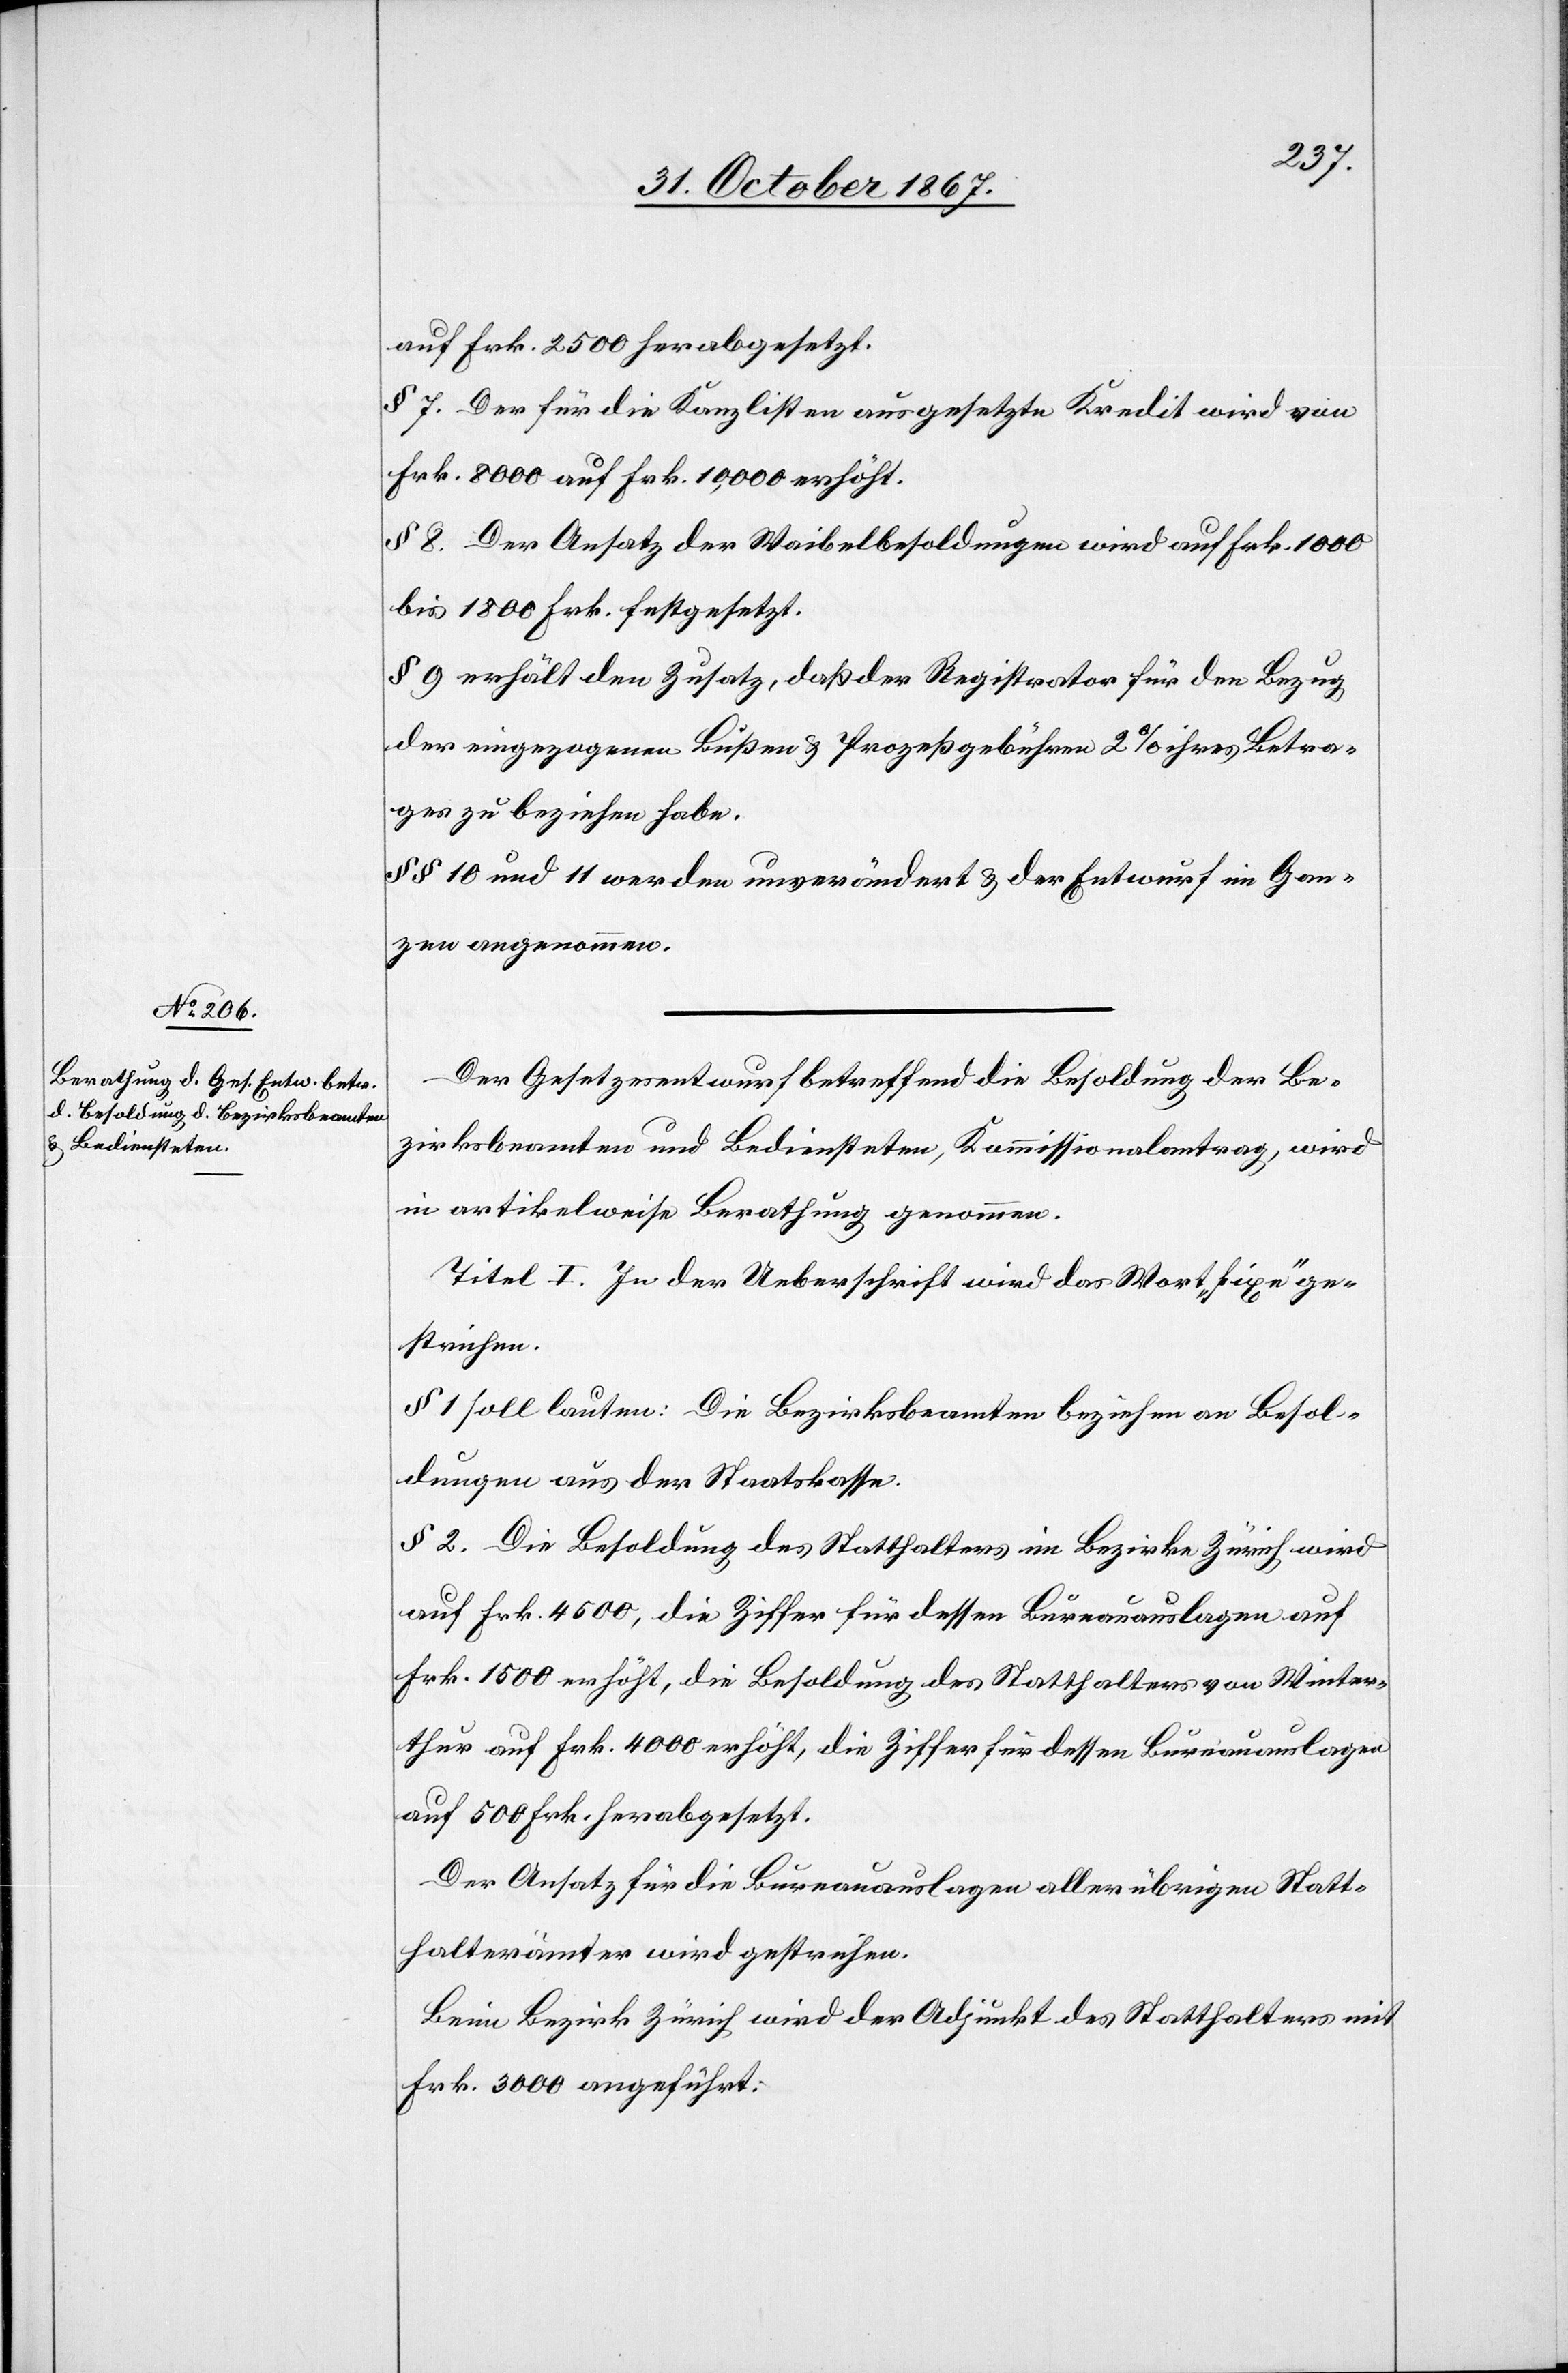
auf Frk. 500 herabgesetzt.
§ 7 Der für die Kanzlisten ausgesetzte Kredit wird von
Frk. 8000 auf Frk. 10 000 erhöht.
§ 8. Der Ansatz der Waibelbesoldungen wird auf Frk. 1000
bis 1800 Frk. festgesetzt.
§ 9 erhält den Zusatz, daß der Registrator für den Bezug
der eingegangenen Bußen u. Prozeßgebühren 2 % ihres Betra¬
ges zu beziehen habe.
§ § 10 und 11 werden unverändert u. der Entwurf im Gan¬
zen angenommen.
Der Gesetzesentwurf betreffend die Besoldung der Be¬
zirksbeamten und Bediensteten, Kommissionalantrag, wird
in artikelweise Berathung genommen.
Titel I. In der Ueberschrift wird das Wort „fixe“ ge¬
strichen.
§ 1 soll lauten: Die Bezirksbeamten beziehen an Besol¬
dungen aus der Staatskasse.
§ 2. Die Besoldung des Statthalters im Bezirke Zürich wird
auf Frk. 4500, die Ziffer für dessen Bureauauslagen auf
Frk. 1500 erhöht, die Besoldung des Statthalters von Winter¬
thur auf Frk. 4000 erhöht, die Ziffer für dessen Bureauauslagen
Der Ansatz für die Bureauauslagen aller übrigen Statt¬
halterämter wird gestrichen.
Beim Bezirk Zürich wird der Adjunkt des Statthalters mit
Frk. 3000 angeführt.